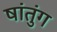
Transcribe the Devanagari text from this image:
षांतुंग